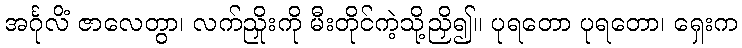
အင်္ဂုလိံ ဇာလေတွာ၊ လက်ညှိုးကို မီးတိုင်ကဲ့သို့ညှိ၍။ ပုရတော ပုရတော၊ ရှေးက